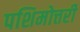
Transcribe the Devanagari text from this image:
पशिमोत्तरी